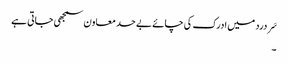
سَر درد میں ادرک کی چائے بے حد معاون سمجھی جاتی ہے
۔